Leaving Certificate Examination, 1911, 1911
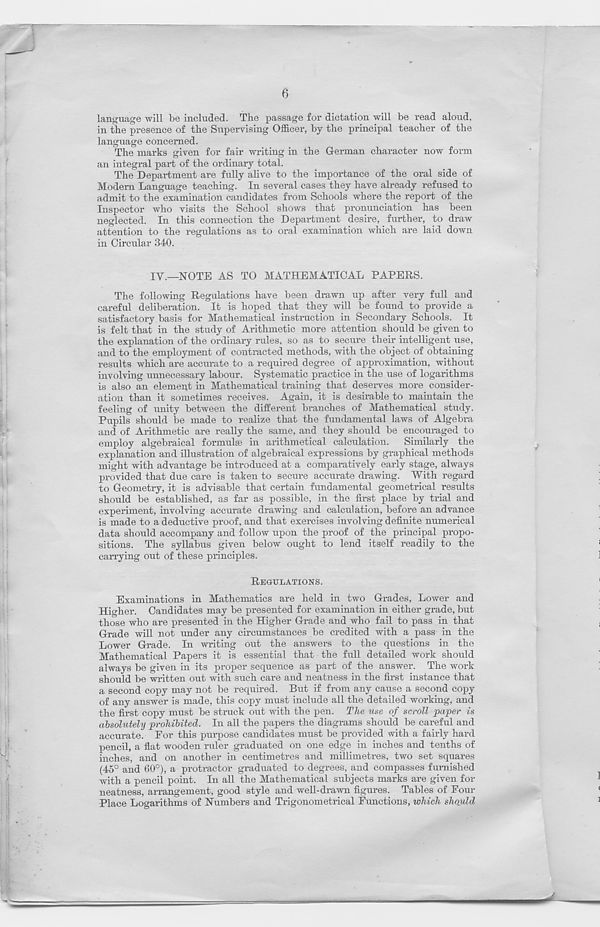
6
language will be included. The passage for dictation will be read aloud,
in the presence of the Supervising Officer, by the principal teacher of the
language concerned.
The marks given for fair writing in the German character now form
an integral part of the ordinary total.
The Department are fully alive to the importance of the oral side of
Modem Language teaching. In several cases they have already refused to
admit to the examination candidates from Schools where the report of the
Inspector who visits the School shows that pronunciation has been
neglected. In this connection the Department desire, further, to draw
attention to the regulations as to oral examination which are laid down
in Circular 340.
IY.—MOTE AS TO MATHEMATICAL PAPERS.
The following Regulations have been drawn up after very full and
careful deliberation. It is hoped that they will be found to provide a
satisfactory basis for Mathematical instraction in Secondary Schools. It
is felt that in the study of Arithmetic more attention should be given to
the explanation of the ordinary rules, so as to secure their intelligent use,
and to the employment of contracted methods, with the object of obtaining
results which are accurate to a required degree of approximation, without
involving unnecessary labour. Systematic practice in the use of logarithms
is also an element in Mathematical training that deserves more consider-
ation than it sometimes receives. Again, it is desirable to maintain the
feeling of unity between the different branches of Mathematical study.
Pupils should be made to realize that the fundamental laws of Algebra
and of Arithmetic are really the same, and they should be encouraged to
employ algebraical formulae in arithmetical calculation. Similarly the
explanation and illustration of algebraical expressions by graphical methods
might with advantage be introduced at a comparatively early stage, always
provided that due care is taken to secure accurate drawing. With regard
to Geometry, it is advisable that certain fundamental geometrical results
should be established, as far as possible, in the first place by trial and
experiment, involving accurate drawing and calculation, before an advance
is made to a deductive proof, and that exercises involving definite numerical
data should accompany and follow upon the proof of the principal propo-
sitions. The syllabus given below ought to lend itself readily to the
carrying out of these principles.
REGULATIONS.
Examinations in Mathematics are held in two Grades, Lower and
Higher. Candidates may be presented for examination in either grade, but
those who are presented in the Higher Grade and who fail to pass in that
Grade will not under any circumstances be credited with a pass in the
Lower Grade. In writing out the answers to the questions in the
Mathematical Papers it is essential that the full detailed work should
always be given in its proper sequence as part of the answer. The work
should be written out with such care and neatness in the first instance that
a second copy may not be required. But if from any cause a second copy
of any answer is made, this copy must include all the detailed working, and
the first copy must be struck out with the pen. The use of scroll paper is
absolutely prohibited. In all the papers the diagrams should be careful and
accurate. Eor this purpose candidates must be provided with a fairly hard
pencil, a flat wooden ruler graduated on one edge in inches and tenths of
inches, and on another in centimetres and millimetres, two set squares
(45° and 60°), a protractor graduated to degrees, and compasses furnished
with a pencil point. In all the Mathematical subjects marks are given for
neatness, arrangement, good style and well-drawn figures. Tables of Pour
Place Logarithms of Numbers and Trigonometrical Functions, which should